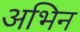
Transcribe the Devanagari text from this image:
अभिन